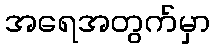
အရေအတွက်မှာ